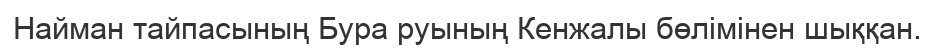
Найман тайпасының Бура руының Кенжалы бөлімінен шыққан.